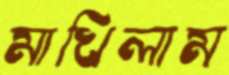
মাখিলাম